Lock hospitals Punjab
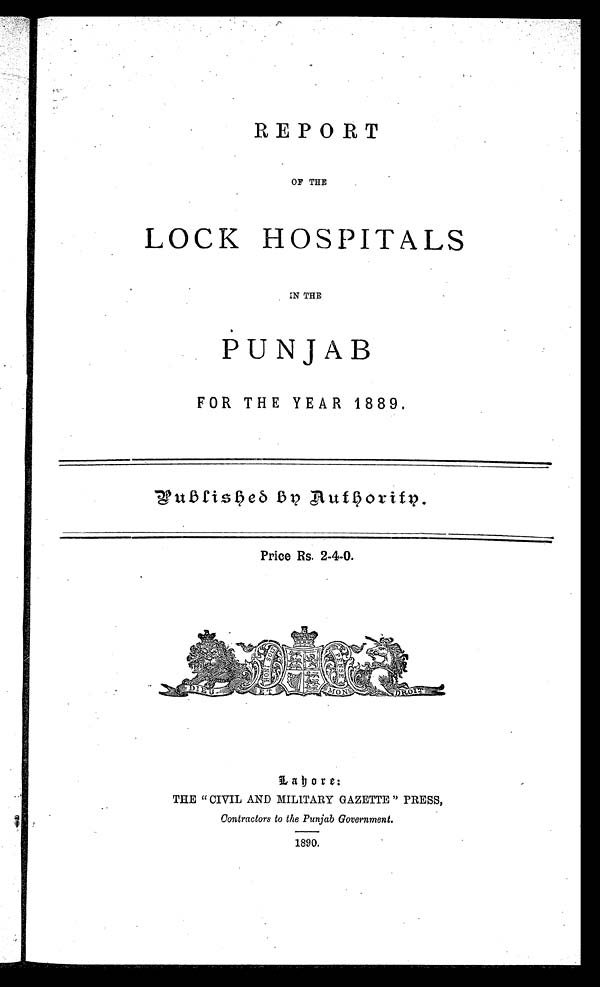
REPORT
OF THE
LOCK HOSPITALS
IN THE
PUNJAB
FOR THE YEAR 1889.
Published on Authority.
Price Rs. 2-4-0.
Labore:
THE " CIVIL AND MILITARY GAZETTE " PRESS,
Contractors to the Punjab Government.
1890.